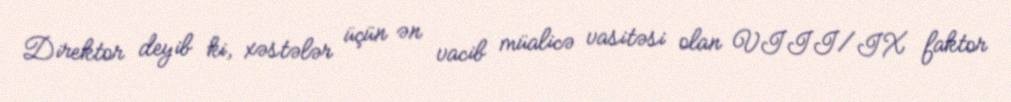
Direktor deyib ki, xəstələr üçün ən vacib müalicə vasitəsi olan VIII/IX faktor